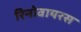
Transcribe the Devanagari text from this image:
रिनोवायरस